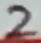
Text: 2